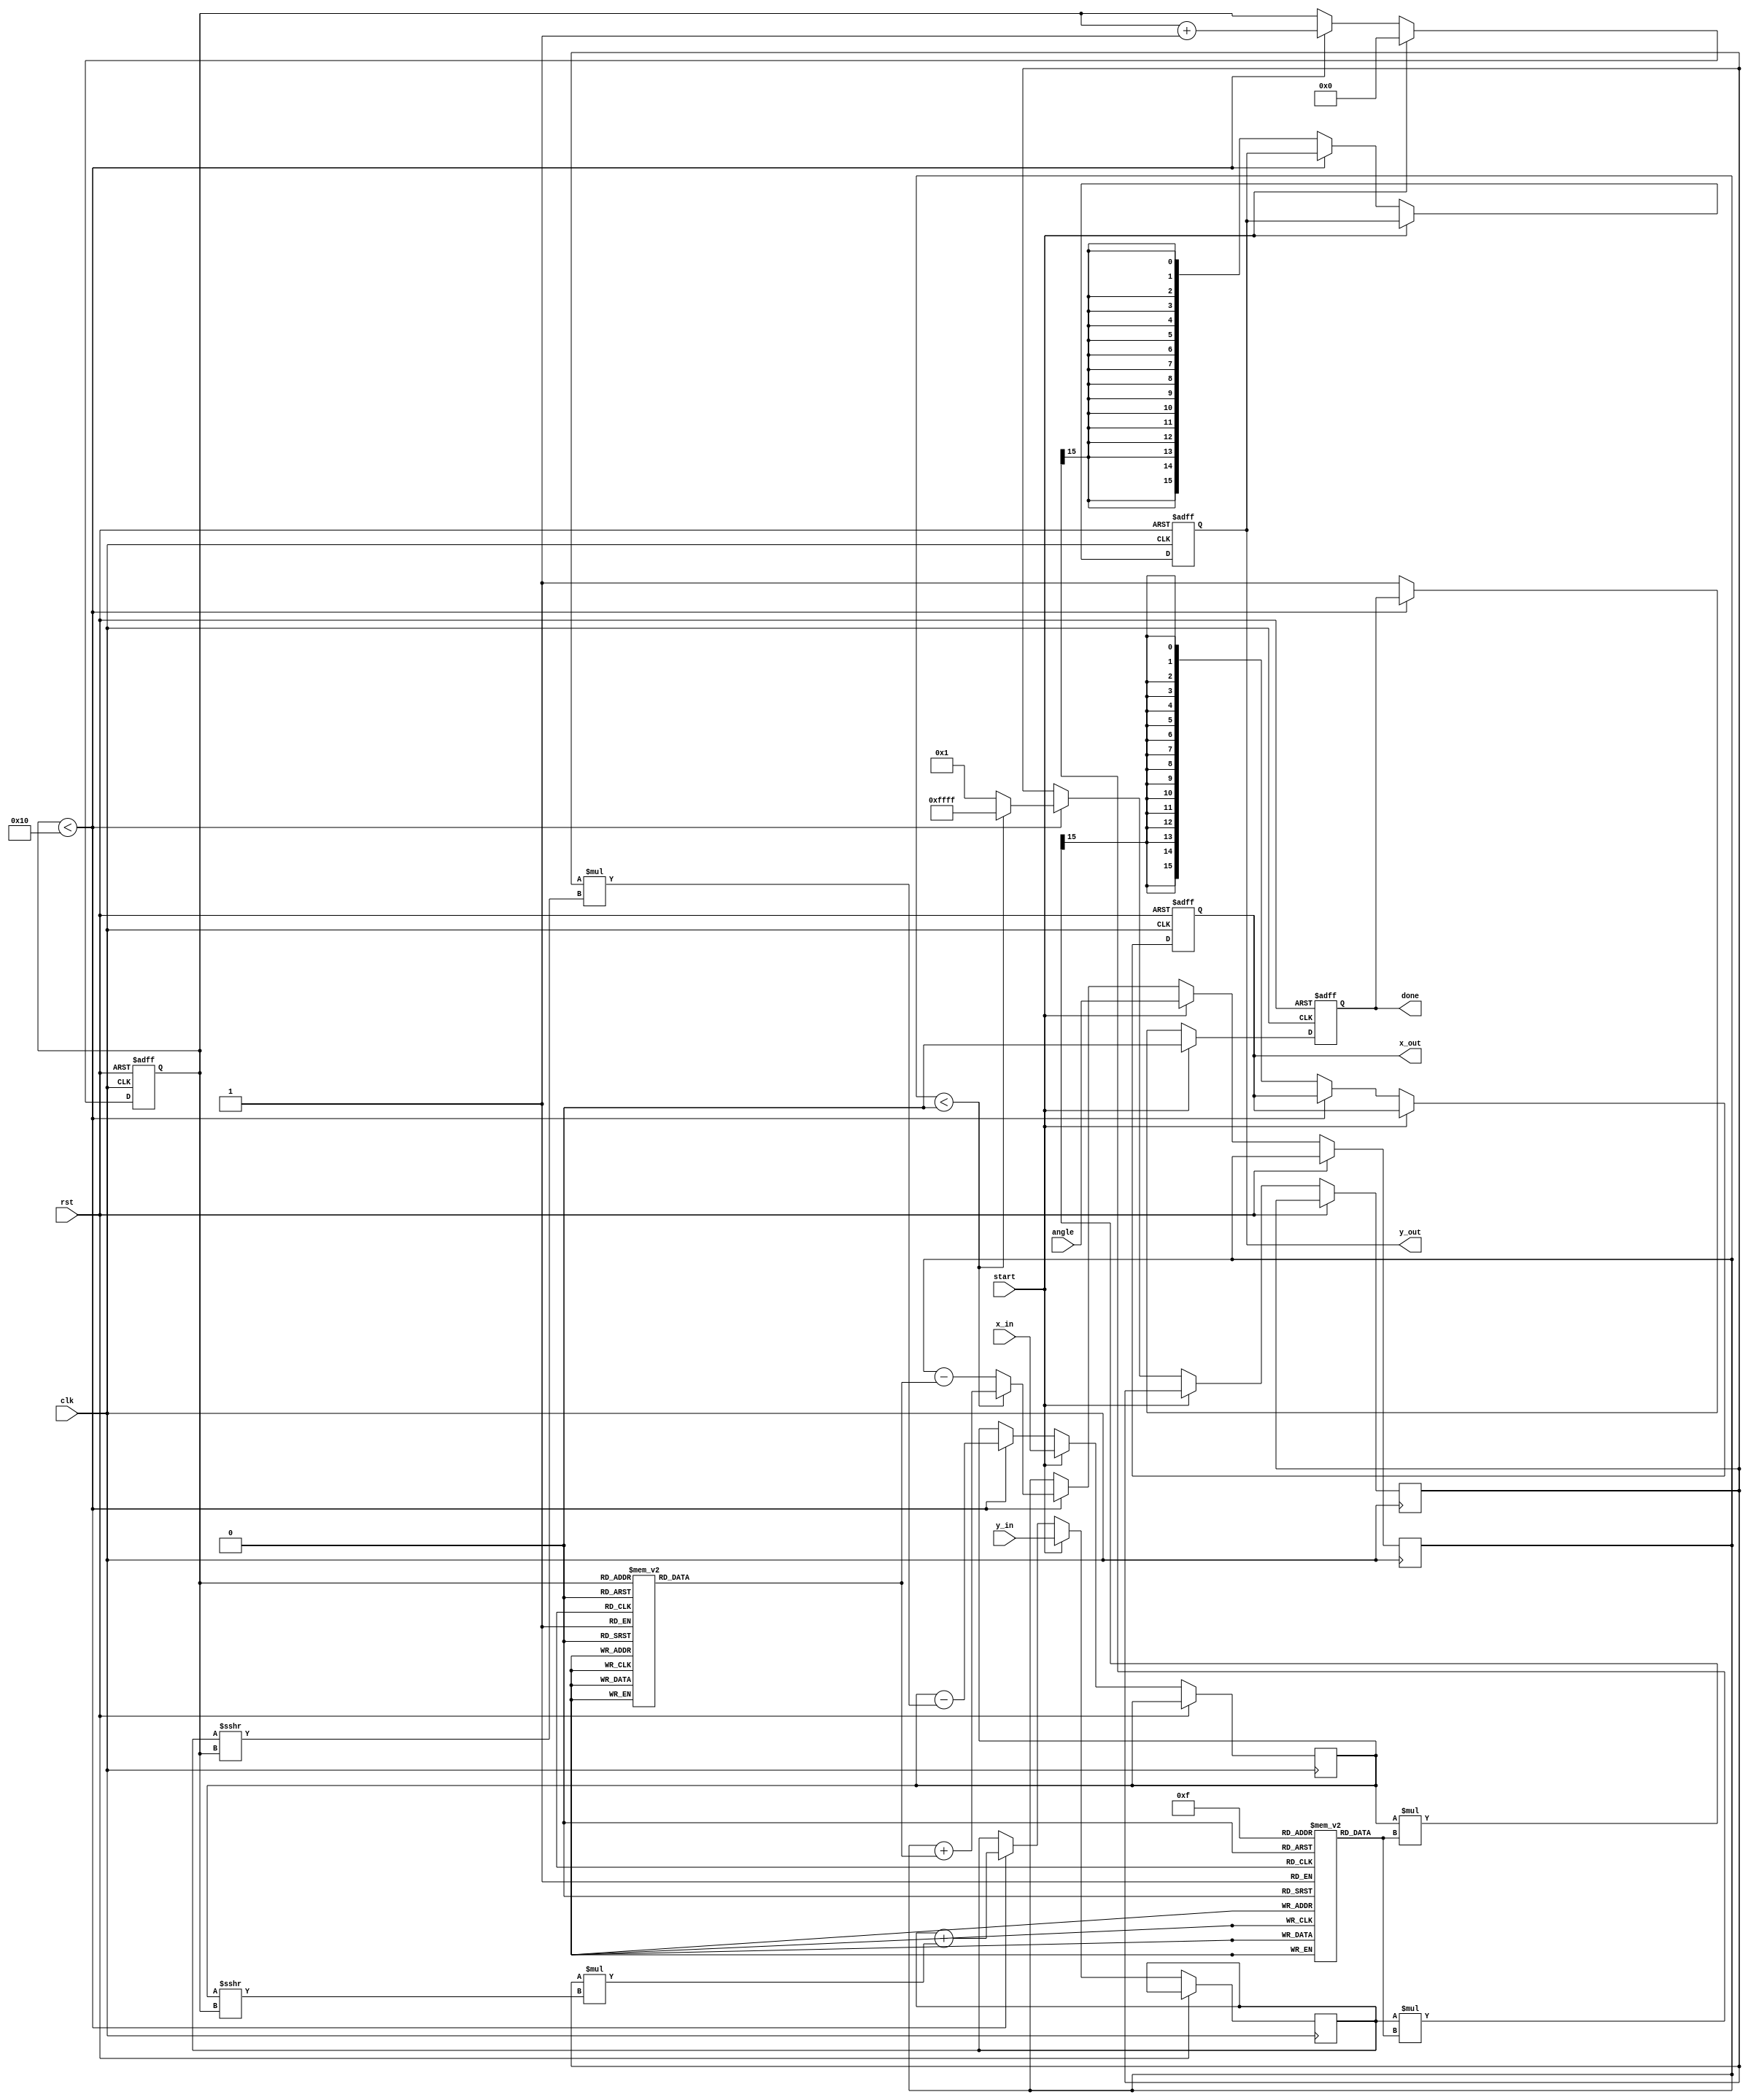
module cordic #(
    parameter N = 16,              // Number of iterations
    parameter DATA_WIDTH = 16,     // Width of the input and output data
    parameter ANGLE_LUT_WIDTH = 16 // Width of the angle LUT
)(
    input wire clk,
    input wire rst,
    input wire start,
    input wire signed [DATA_WIDTH-1:0] angle, // Input angle in fixed-point format
    input wire signed [DATA_WIDTH-1:0] x_in,   // Initial x value (1.0)
    input wire signed [DATA_WIDTH-1:0] y_in,   // Initial y value (0.0)
    output reg signed [DATA_WIDTH-1:0] x_out,  // Output x value (cos(angle))
    output reg signed [DATA_WIDTH-1:0] y_out,  // Output y value (sin(angle))
    output reg done
);

    // Angle LUT: arctan(2^-i) for i = 0 to N-1
    reg signed [ANGLE_LUT_WIDTH-1:0] angle_lut [0:N-1];
    initial begin
        angle_lut[0] = 16'h0000; // atan(1) = 0
        angle_lut[1] = 16'h3C90; // atan(0.5) = 26.565 degrees
        angle_lut[2] = 16'h3A2D; // atan(0.25) = 14.036 degrees
        angle_lut[3] = 16'h388E; // atan(0.125) = 7.125 degrees
        // Add more precomputed angles as needed
        // ...
    end

    // Scale Factor LUT
    reg signed [DATA_WIDTH-1:0] scale_lut [0:N-1];
    initial begin
        scale_lut[0] = 16'h4000; // Scale factor for i=0
        scale_lut[1] = 16'h32C8; // Scale factor for i=1
        scale_lut[2] = 16'h28F5; // Scale factor for i=2
        scale_lut[3] = 16'h1C71; // Scale factor for i=3
        // Add more precomputed scale factors as needed
        // ...
    end

    // Internal registers
    reg signed [DATA_WIDTH-1:0] x_reg, y_reg;
    reg signed [ANGLE_LUT_WIDTH-1:0] angle_reg;
    reg [3:0] iteration; // Counter for iterations
    reg signed [DATA_WIDTH-1:0] d; // Direction

    always @(posedge clk or posedge rst) begin
        if (rst) begin
            x_out <= 0;
            y_out <= 0;
            done <= 0;
            iteration <= 0;
        end else if (start) begin
            // Initialize values
            x_reg <= x_in;
            y_reg <= y_in;
            angle_reg <= angle;
            iteration <= 0;
            done <= 0;
        end else if (iteration < N) begin
            // Determine direction
            if (angle_reg < 0) begin
                d <= -1; // Clockwise
                angle_reg <= angle_reg + angle_lut[iteration];
            end else begin
                d <= 1; // Counterclockwise
                angle_reg <= angle_reg - angle_lut[iteration];
            end

            // Update x and y
            x_reg <= x_reg - (d * (y_reg >>> iteration));
            y_reg <= y_reg + (d * (x_reg >>> iteration));

            // Increment iteration
            iteration <= iteration + 1;
        end else begin
            // Apply scale factor
            x_out <= (x_reg * scale_lut[N-1]) >>> (N-1);
            y_out <= (y_reg * scale_lut[N-1]) >>> (N-1);
            done <= 1;
        end
    end
endmodule